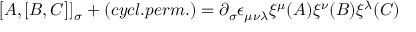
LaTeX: \bigl \lbrack A , \lbrack B , C \bigr \rbrack \rbrack _ { \sigma } + ( c y c l . p e r m . ) = \partial _ { \sigma } \epsilon _ { \mu \nu \lambda } \xi ^ { \mu } ( A ) \xi ^ { \nu } ( B ) \xi ^ { \lambda } ( C )